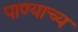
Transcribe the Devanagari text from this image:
पाण्याच्य